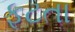
ફૂટતા